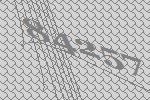
84257